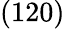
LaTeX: (120)